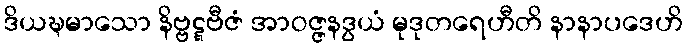
ဒိယဍ္ဎမာသော နိဗ္ဗဋ္ဋဗီဇံ အာဝဇ္ဇနဒွယံ မုဒုတရေဟီတိ နာနာပဒေဟိ